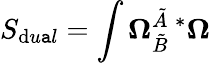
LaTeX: S_{\mathrm{d}u\mathtt{a}l}=\int\mathbf{{\Omega}}_{\tilde{{B}}}^{\tilde{{A}}\; \ast}\mathbf{{\Omega}}